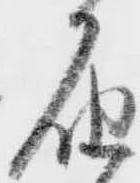
届